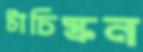
টাচিস্ক্রন